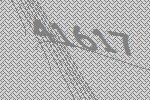
41617